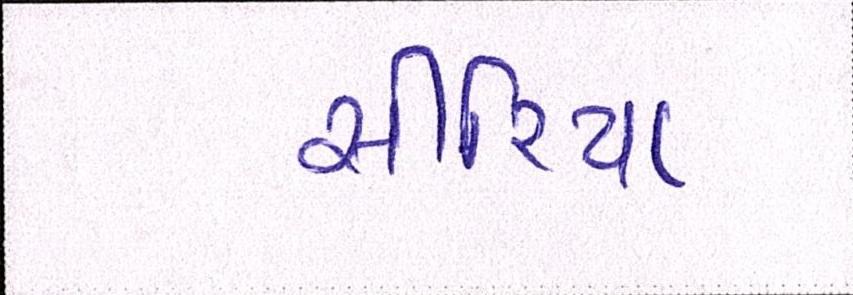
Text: સીરિયા